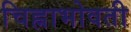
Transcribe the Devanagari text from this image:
चिह्नाभोवती